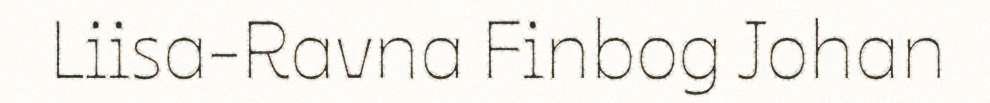
Liisa-Ravna Finbog Johan